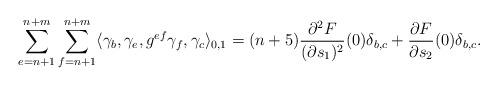
LaTeX: \begin{align*}\sum_{e=n+1}^{n+m}\sum_{f=n+1}^{n+m}\langle \gamma_b, \gamma_e, g^{ef}\gamma_f,\gamma_c\rangle_{0,1}=(n+5)\frac{\partial^2 F}{(\partial s_1)^2}(0) \delta_{b,c}+\frac{\partial F}{\partial s_2}(0)\delta_{b,c}.\end{align*}